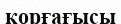
қорғағысы